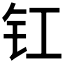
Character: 𮣲